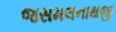
જસમલનાથજી